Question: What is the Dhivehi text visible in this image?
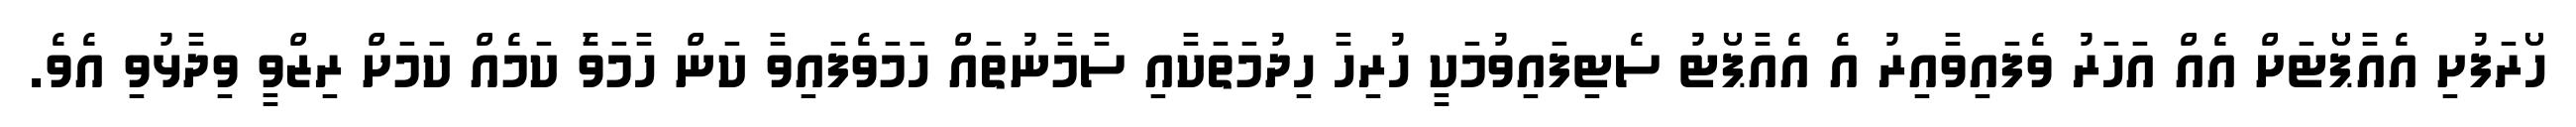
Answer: ހޯރަފުށި އެއާޕޯޓަށް އެއް އަހަރު ވެފައިވާއިރު އެ އެއާޕޯޓު ސެޓިފައިވުމަކީ ހުރިހާ ހިދުމަތަކާއި ސާމާނުތައް ހަމަވެފައިވާ ކަން ހާމަވެާ ކަމެއް ކަމަށް ރިޒްވީ ވިދާޅުވި އެވެ.